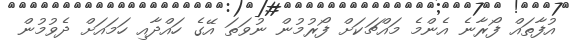
އުފާތައް ފޯރާނެ އެންމެ މައްޗަކަށް ފޯރުމުން ނުވަތަ އޭގެ ހައްދާއި ހަމައަށް ދެވުމުން